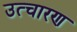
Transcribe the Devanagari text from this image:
उत्चारण